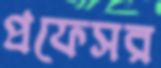
প্রফেসর